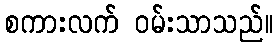
စကားလက် ဝမ်းသာသည်။